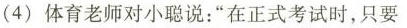
（4）体育老师对小聪说：“在正式考试时，只要